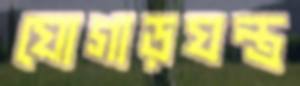
যোগাড়যন্ত্র